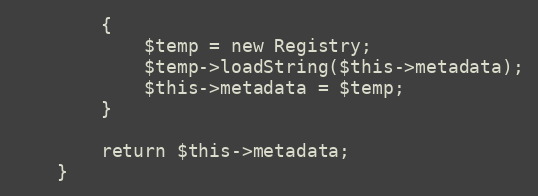
Language: PHP
		{
			$temp = new Registry;
			$temp->loadString($this->metadata);
			$this->metadata = $temp;
		}

		return $this->metadata;
	}